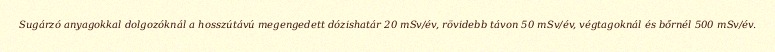
Sugárzó anyagokkal dolgozóknál a hosszútávú megengedett dózishatár 20 mSv/év, rövidebb távon 50 mSv/év, végtagoknál és bőrnél 500 mSv/év.